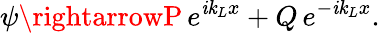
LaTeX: \psi\rightarrowP\, e^{\mathit{i}\mathit{k}_{L}x}+Q\, e^{-\mathit{i}\mathit{k}_{L}x}.